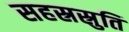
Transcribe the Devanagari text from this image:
सहस्रस्रुति